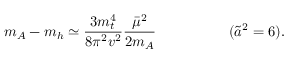
m _ { A } - m _ { h } \simeq \frac { 3 m _ { t } ^ { 4 } } { 8 \pi ^ { 2 } v ^ { 2 } } \frac { \bar { \mu } ^ { 2 } } { 2 m _ { A } } \; \; \; \; \; \; \; \; \; \; \; \; \; \; \; \; \; \; ( \tilde { a } ^ { 2 } = 6 ) .